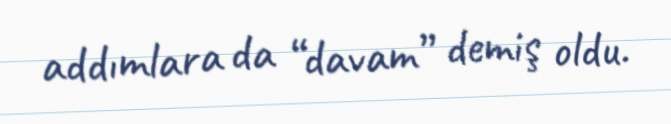
addımlara da “davam” demiş oldu.